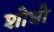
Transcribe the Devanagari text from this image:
शोधो